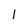
Character: l